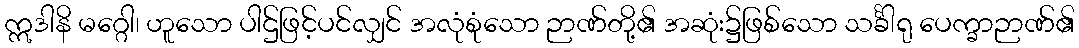
ဣဒါနိ မဂ္ဂေါ၊ ဟူသော ပါဌ်ဖြင့်ပင်လျှင် အလုံစုံသော ဉာဏ်တို့၏ အဆုံး၌ဖြစ်သော သင်္ခါရု ပေက္ခာဉာဏ်၏